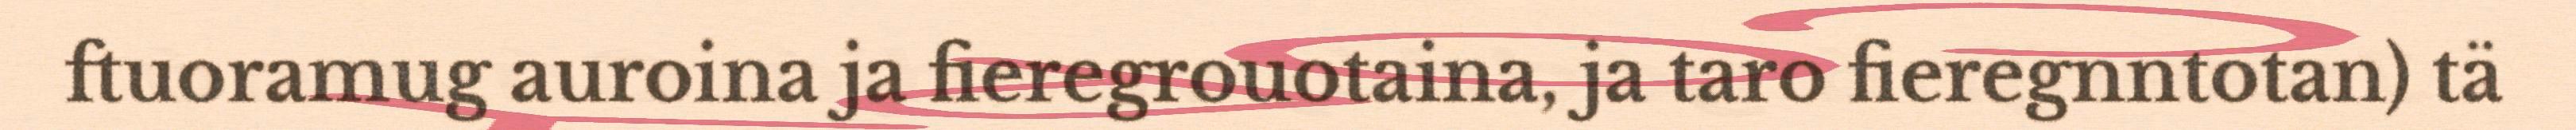
ftuoramug auroina ja fieregrouotaina, ja taro fieregnntotan) tä